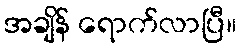
အချိန် ရောက်လာပြီ။